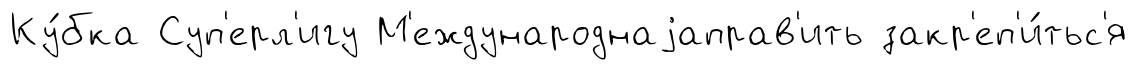
Ку́бка Суп'ерл'игу М'еждународнаjаправ'ить закр'еп'и́тьс'я